Report on vaccination in the Province of Bengal - 1874-1889
Year: 1874
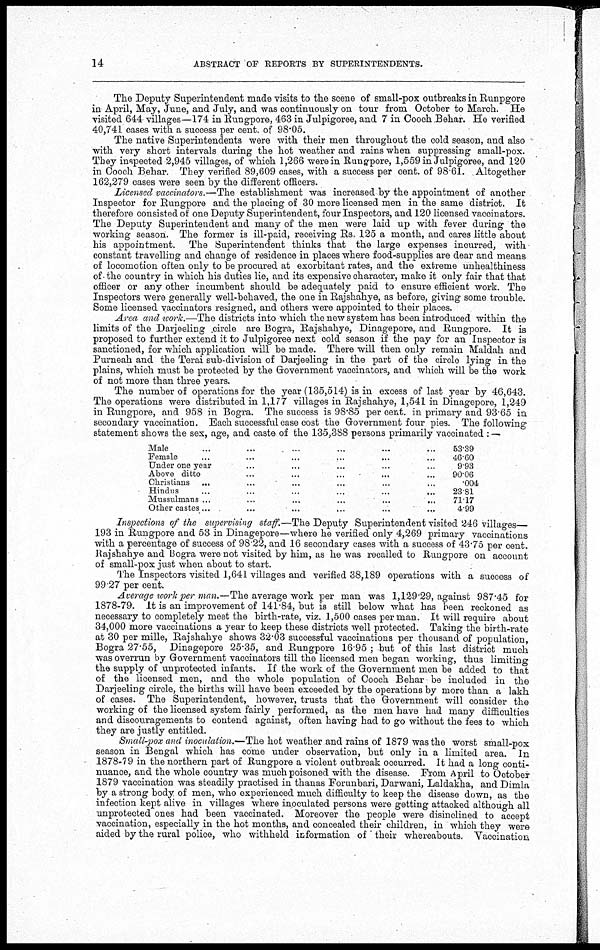
14
ABSTRACT OF REPORTS BY SUPERINTENDENTS.
The Deputy Superintendent made visits to the scene of small-pox outbreaks in Runpgore
in April, May, June, and July, and was continuously on tour from October to March. He
visited 644 villages—174 in Rungpore, 463 in Julpigoree, and 7 in Cooch Behar. He verified
40,741 cases with a success per cent. of 98.05.
The native Superintendents were with their men throughout the cold season, and also
with very short intervals during the hot weather and rains when suppressing small-pox.
They inspected 2,945 villages, of which 1,266 were in Rungpore, 1,559 in Julpigoree, and 120
in Cooch Behar. They verified 89,609 cases, with a success per cent. of 98.61. Altogether
162,279 cases were seen by the different officers.
Licensed vaccinators.—The establishment was increased by the appointment of another
Inspector for Rungpore and the placing of 30 more licensed men in the same district. It
therefore consisted of one Deputy Superintendent, four Inspectors, and 120 licensed vaccinators.
The Deputy Superintendent and many of the men were laid up with fever during the
working season. The former is ill-paid, receiving Rs. 125 a month, and cares little about
his appointment. The Superintendent thinks that the large expenses incurred, with
constant travelling and change of residence in places where food-supplies are dear and means
of locomotion often only to be procured at exorbitant rates, and the extreme unhealthiness
of the country in which his duties lie, and its expensive character, make it only fair that that
officer or any other incumbent should be adequately paid to ensure efficient work. The
Inspectors were generally well-behaved, the one in Rajshahye, as before, giving some trouble.
Some licensed vaccinators resigned, and others were appointed to their places.
Area and work.—The districts into which the new system has been introduced within the
limits of the Darjeeling circle are Bogra, Rajshahye, Dinagepore, and Rungpore. It is
proposed to further extend it to Julpigoree next cold season if the pay for an Inspector is
sanctioned, for which application will be made. There will then only remain Maldah and
Purneah and the Terai sub-division of Darjeeling in the part of the circle lying in the
plains, which must be protected by the Government vaccinators, and which will be the work
of not more than three years.
The number of operations for the year (135,514) is in excess of last year by 46,643.
The operations were distributed in 1,177 villages in Rajshahye, 1,541 in Dinagepore, 1,249
in Rungpore, and 958 in Bogra. The success is 98.85 per cent. in primary and 93 65 in
secondary vaccination. Each successful case cost the Government four pies. The following
statement shows the sex, age, and caste of the 135,388 persons primarily vaccinated : —
Male ... ... ... ... ... ...
Female ... ... ... ... ... ...
Under one year ... ... ... ... ...
Above ditto ... ... ... ... ...
Christians ... ... ... ... ... ...
Hindus
...
...
...
...
...
...
Mussulmans ... ... ... ... ...
Other castes...
...
...
... ... ...
53.39
46.60
9 93
90.06
.004
23.81
71.17
4.99
Inspections of the supervising staff.—The Deputy Superintendent visited 246 villages—
193 in Rungpore and 53 in Dinagepore—where he verified only 4,269 primary vaccinations
with a percentage of success of 98 22, and 16 secondary cases with a success of 43.75 per cent.
Rajshahye and Bogra were not visited by him, as he was recalled to Rungpore on account
of small-pox just when about to start.
The Inspectors visited 1,641 villages and verified 38,189 operations with a success of
99.27 per cent.
Average work per man.—The average work per man was 1,129.29, against 987.45 for
1878-79. It is an improvement of 141.84, but is still below what has been reckoned as
necessary to completely meet the birth-rate, viz. 1,500 cases per man. It will require about
34,000 more vaccinations a year to keep these districts well protected. Taking the birth-rate
at 30 per mille, Rajshahye shows 32.03 successful vaccinations per thousand of population,
Bogra 27.55, Dinagepore 25.35, and Rungpore 16.95 ; but of this last district much
was overrun by Government vaccinators till the licensed men began working, thus limiting
the supply of unprotected infants. If the work of the Government men be added to that
of the licensed men, and the whole population of Cooch Behar be included in the
Darjeeling circle, the births will have been exceeded by the operations by more than a lakh
of cases. The Superintendent, however, trusts that the Government will consider the
working of the licensed system fairly performed, as the men have had many difficulties
and discouragements to contend against, often having had to go without the fees to which
they are justly entitled.
Small-pox and inoculation.—The hot weather and rains of 1879 was the worst small-pox
season in Bengal which has come under observation, but only in a limited area. In
1878-79 in the northern part of Rungpore a violent outbreak occurred. It had a long conti-
nuance, and the whole country was much poisoned with the disease. From April to October
1879 vaccination was steadily practised in thanas Forunbari, Darwani, Laldakha, andDimla
by a strong body of men, who experienced much difficulty to keep the disease down, as the
infection kept alive in villages where inoculated persons were getting attacked although all
unprotected ones had been vaccinated. Moreover the people were disinclined to accept
vaccination, especially in the hot months, and concealed their children, in which they were
aided by the rural police, who withheld information of ' their whereabouts. Vaccination